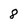
Character: 8